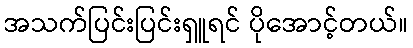
အသက်ပြင်းပြင်းရှူရင် ပိုအောင့်တယ်။